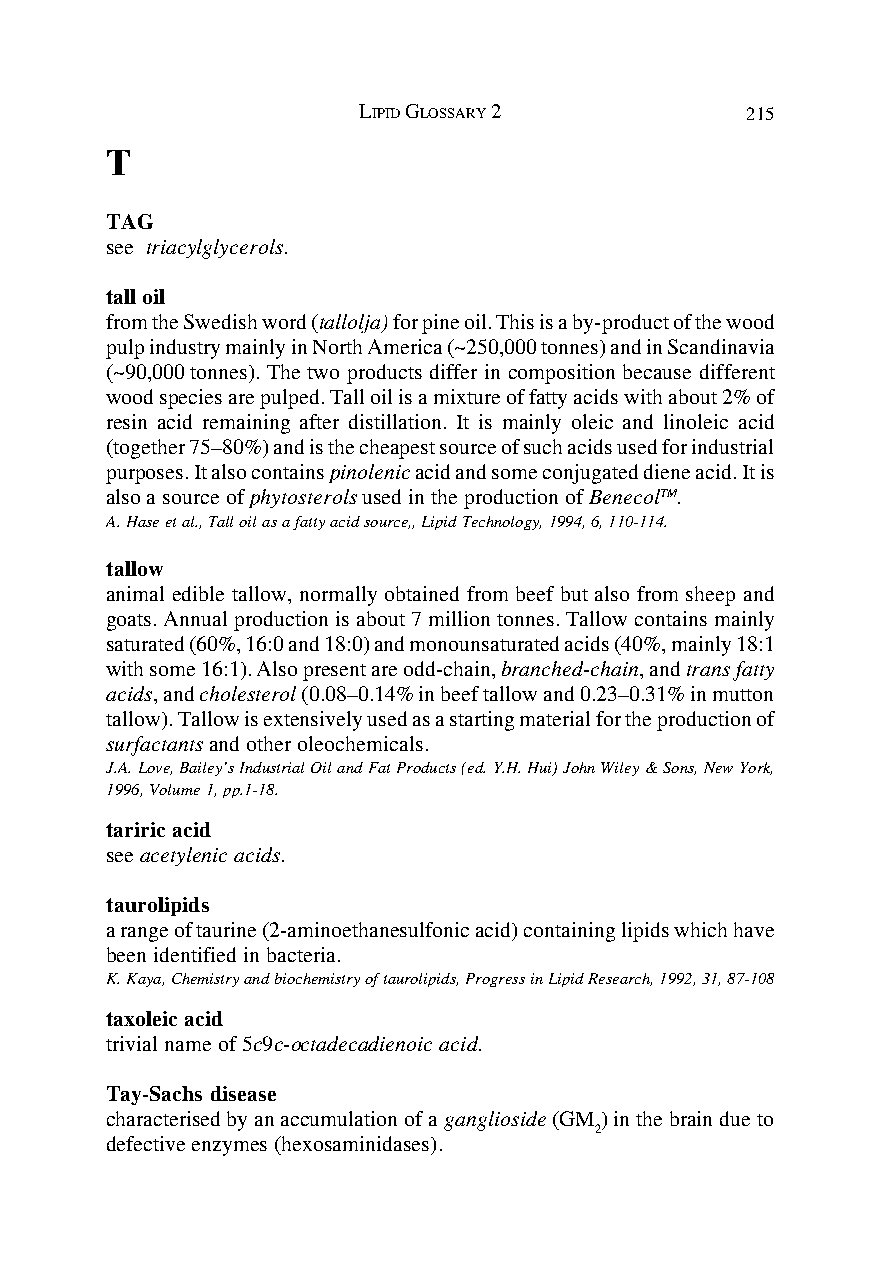
LIPID GLOSSARY 2         215
 T
 TAG
 see triacylglycerols.
 tall oil
 from the Swedish word (tallolja) for pine oil. This is a by-product of the wood
 pulp industry mainly in North America (~250,000 tonnes) and in Scandinavia
 (~90,000 tonnes). The two products differ in composition because different
 wood species are pulped. Tall oil is a mixture of fatty acids with about 2% of
 resin acid remaining after distillation. It is mainly oleic and linoleic acid
 (together 75–80%) and is the cheapest source of such acids used for industrial
 purposes. It also contains pinolenic acid and some conjugated diene acid. It is
 also a source of phytosterols used in the production of BenecolTM.
 A. Hase et al., Tall oil as a fatty acid source,, Lipid Technology, 1994, 6, 110-114.
 tallow
 animal edible tallow, normally obtained from beef but also from sheep and
 goats. Annual production is about 7 million tonnes. Tallow contains mainly
 saturated (60%, 16:0 and 18:0) and monounsaturated acids (40%, mainly 18:1
 with some 16:1). Also present are odd-chain, branched-chain, and trans fatty
 acids, and cholesterol (0.08–0.14% in beef tallow and 0.23–0.31% in mutton
 tallow). Tallow is extensively used as a starting material for the production of
 surfactants and other oleochemicals.
 J.A. Love, Bailey’s Industrial Oil and Fat Products (ed. Y.H. Hui) John Wiley & Sons, New York,
 1996, Volume 1, pp.1-18.
 tariric acid
 see acetylenic acids.
 taurolipids
 a range of taurine (2-aminoethanesulfonic acid) containing lipids which have
 been identified in bacteria.
 K. Kaya, Chemistry and biochemistry of taurolipids, Progress in Lipid Research, 1992, 31, 87-108
 taxoleic acid
 trivial name of 5c9c-octadecadienoic acid.
 Tay-Sachs disease
 characterised by an accumulation of a ganglioside (GM ) in the brain due to
 2
 defective enzymes (hexosaminidases).